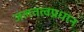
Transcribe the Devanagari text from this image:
जलतत्वप्रधान